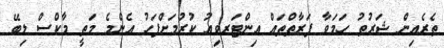
ތެރެއިން ޝަރުޠު ހަމަވާ ފަރާތްތައް އިންޓަރވިއު ކުރުމަށްފަހު އެންމެ މަތީ މާކްސް ލިބޭ